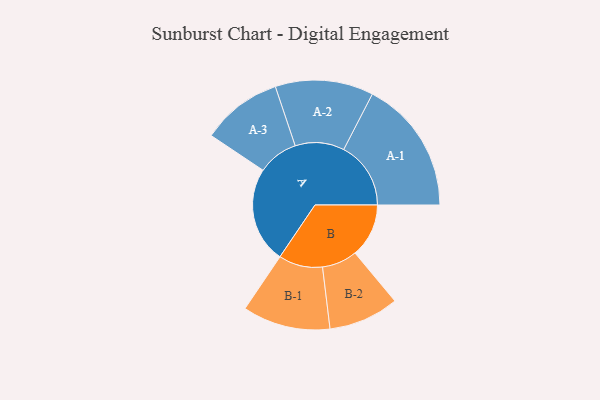
{"axis": {"x": "Segment", "y": "Value"}, "legend": ["", "A", "B"], "data": [{"x": "A", "y": 352, "type": ""}, {"x": "B", "y": 197, "type": ""}, {"x": "A-1", "y": 246, "type": "A"}, {"x": "A-2", "y": 180, "type": "A"}, {"x": "A-3", "y": 148, "type": "A"}, {"x": "B-1", "y": 161, "type": "B"}, {"x": "B-2", "y": 129, "type": "B"}]}